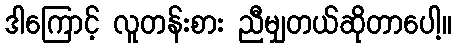
ဒါကြောင့် လူတန်းစား ညီမျှတယ်ဆိုတာပေါ့။